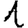
Digit: 1